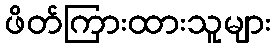
ဖိတ်ကြားထားသူများ